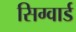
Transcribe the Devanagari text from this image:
सिग्वार्ड